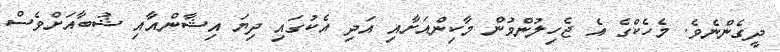
ދީގެންނެވެ. މެހެކްގެ އެ ޖެހިލުންވުން މާކިންއަށާއި އަދި އެކުގައި ދިޔަ އިޝާންއާއި ޝުބާއަށްވެސް